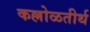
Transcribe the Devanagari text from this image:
कल्लोळतीर्थ